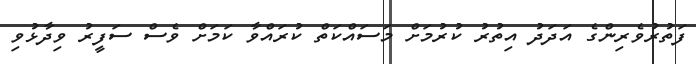
ފަތުރުވެރިންގެ އަދަދު އިތުރު ކުރުމަށް މަސައްކަތް ކުރައްވާ ކަމަށް ވެސް ސަފީރު ވިދާޅުވި